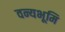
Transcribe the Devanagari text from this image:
वन्यभूमि